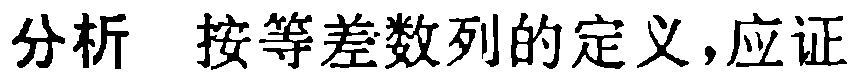
分析 按等差数列的定义,应证